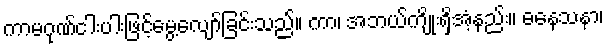
ကာမဂုဏ်ငါးပါးဖြင့်မွေ့လျော်ခြင်းသည်။ ကာ၊ အဘယ်ကျိုးရှိအံ့နည်း။ ဓနေသနာ၊